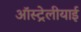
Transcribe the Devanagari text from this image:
ऑस्ट्रेलीयाई